65_HS1-834228961_62-HQ-83894_Serial_130
Agency: FBI
Page 93
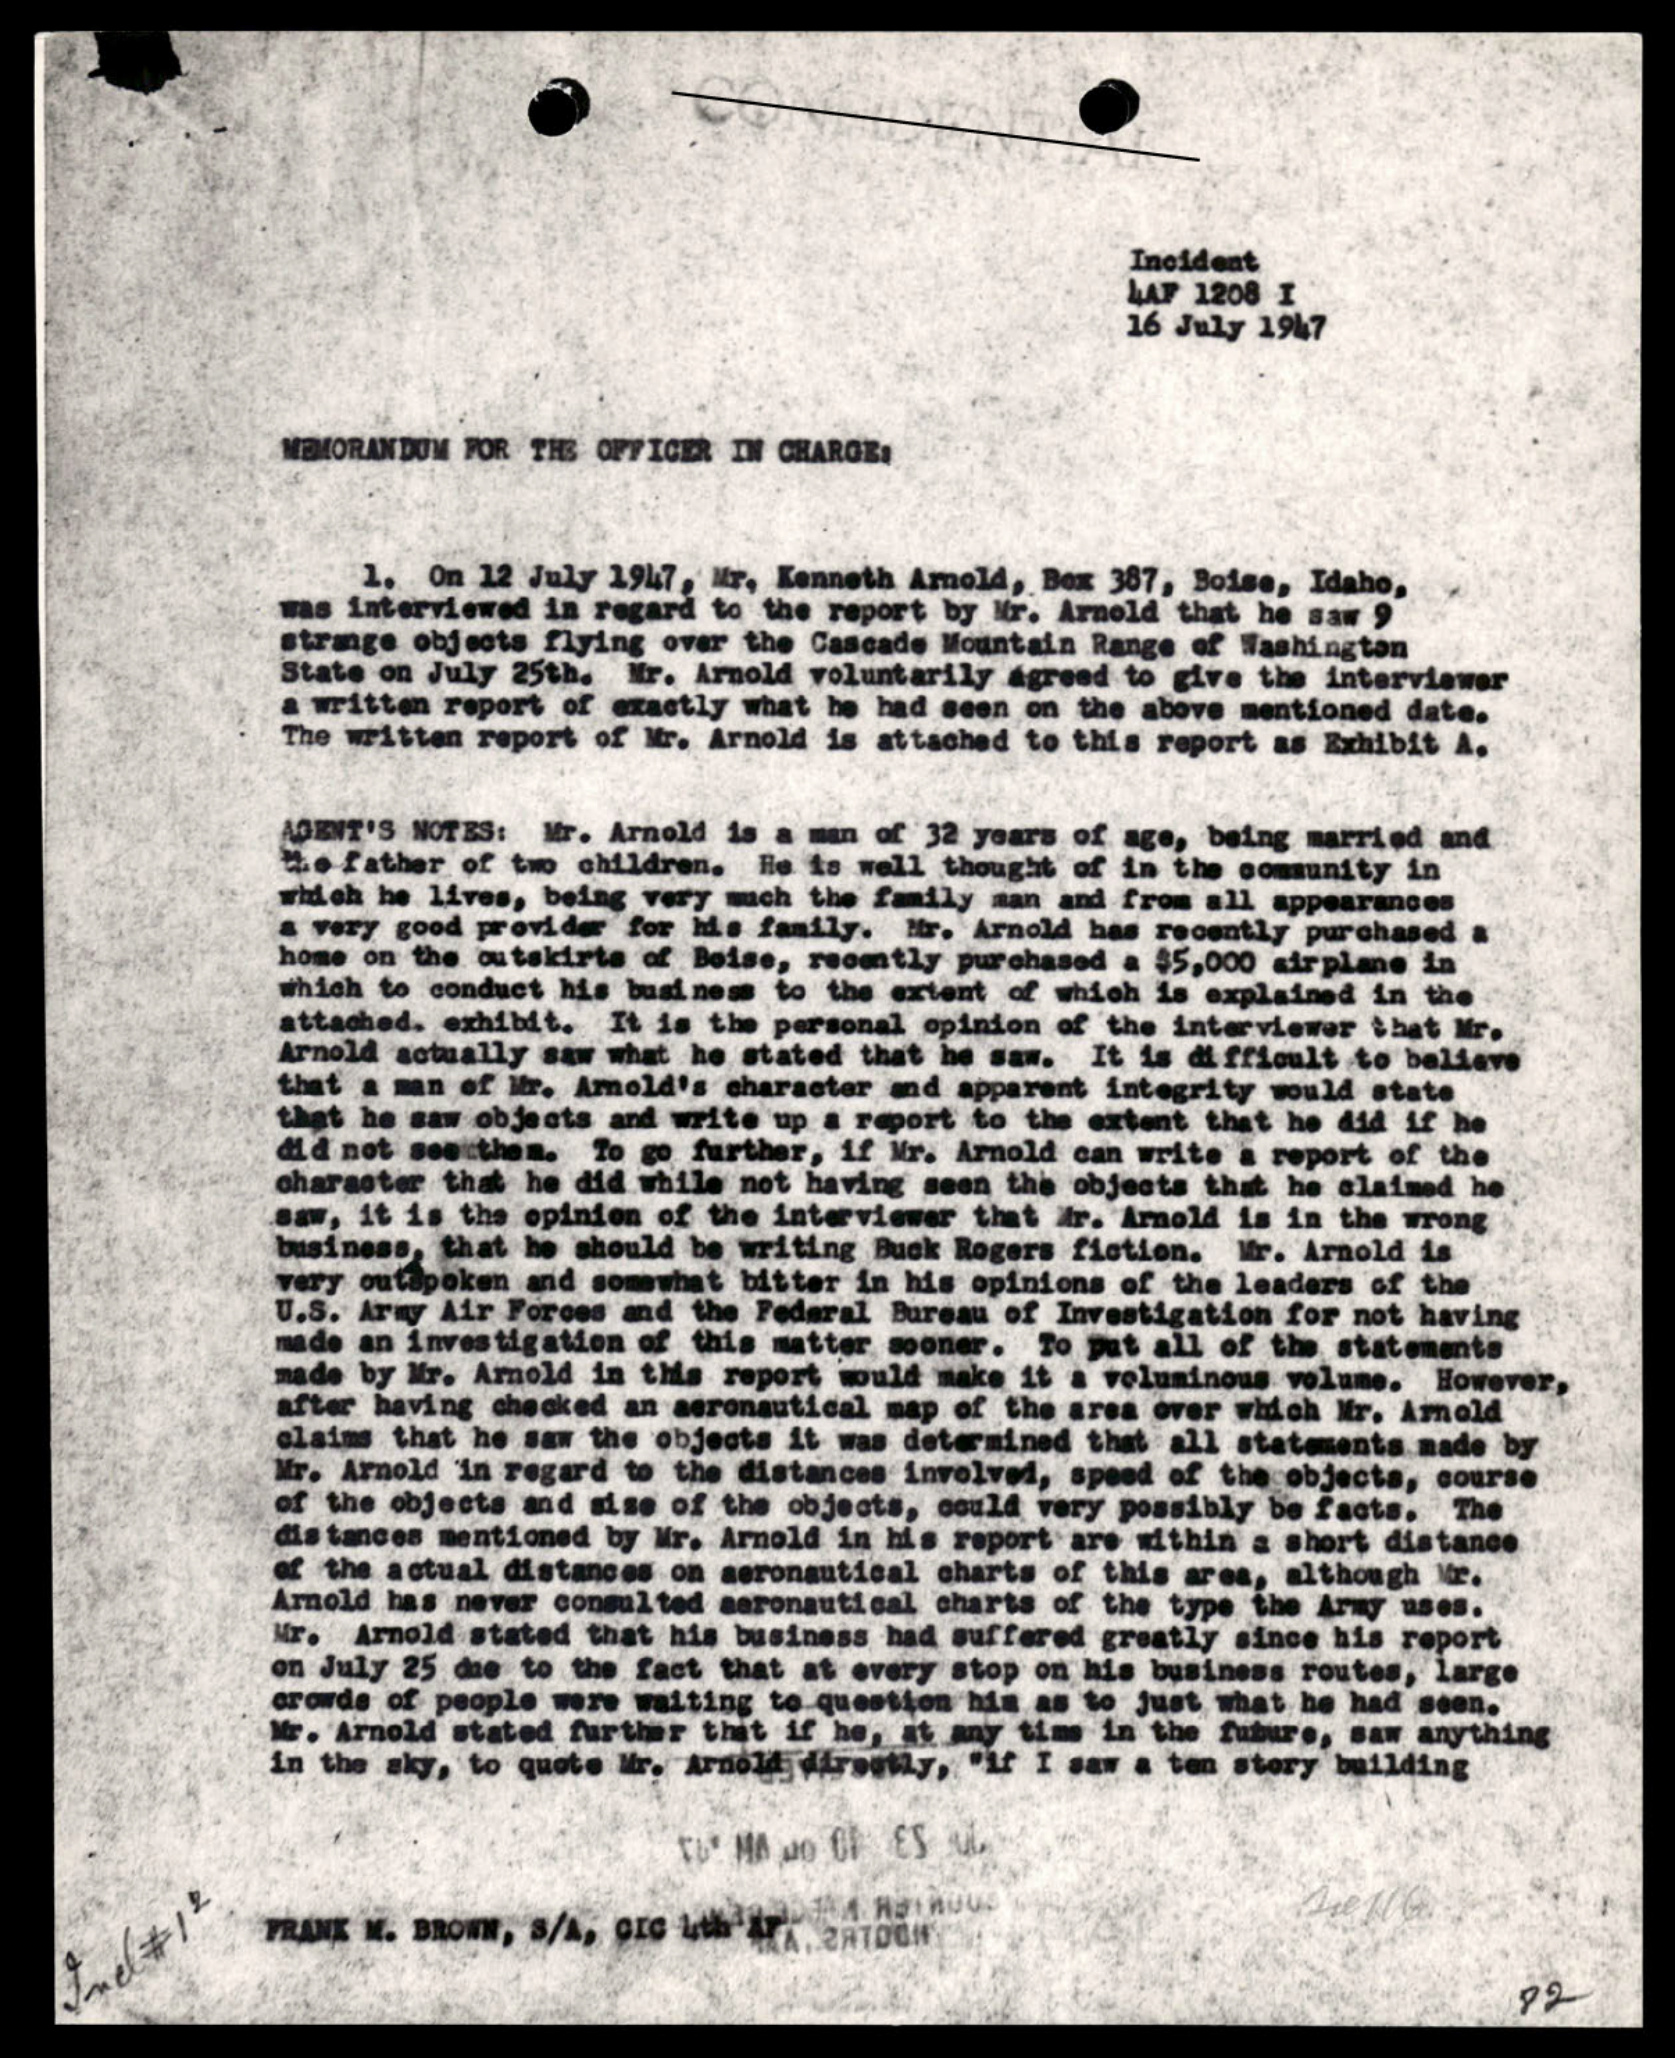